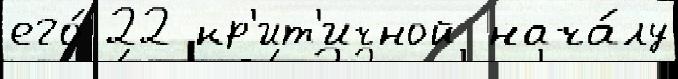
его́ 22 кр'ит'ичной нача́лу